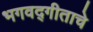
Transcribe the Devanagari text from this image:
भगवद्गीताचे